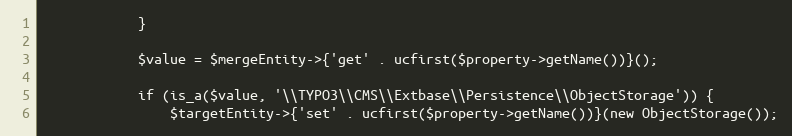
Language: PHP
            }

            $value = $mergeEntity->{'get' . ucfirst($property->getName())}();

            if (is_a($value, '\\TYPO3\\CMS\\Extbase\\Persistence\\ObjectStorage')) {
                $targetEntity->{'set' . ucfirst($property->getName())}(new ObjectStorage());